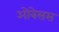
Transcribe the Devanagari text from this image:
ओबेसस